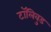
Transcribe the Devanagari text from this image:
टॉलिवुड